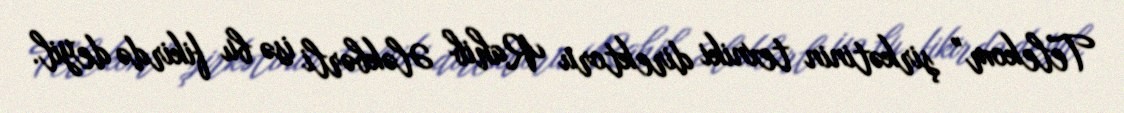
Telekom” şirkətinin texniki direktoru Rahib Ələkbərli isə bu fikirdə deyil.